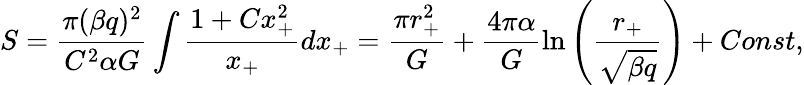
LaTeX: S=\frac{\pi(\beta q)^{2}}{C^{2}\alpha G}\int\frac{1+Cx_{+}^{2}}{x_{+}}dx_{+}=\frac{\pi r_{+}^{2}}{G}+\frac{4\pi\alpha}{G}\ln\left(\frac{r_{+}}{\sqrt{\beta q}}\right)+Const,